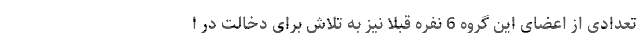
تعدادی از اعضای این گروه 6 نفره قبلاً نیز به تلاش برای دخالت در ا